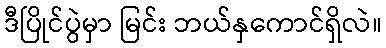
ဒီပြိုင်ပွဲမှာ မြင်း ဘယ်နှကောင်ရှိလဲ။